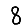
Digit: 8